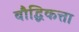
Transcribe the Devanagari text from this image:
बौद्धिकत्ता